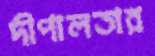
দীপালতার